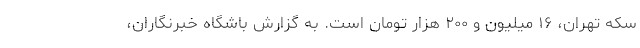
سکه تهران، ۱۶ میلیون و ۲۰۰ هزار تومان است. به گزارش باشگاه خبرنگاران،